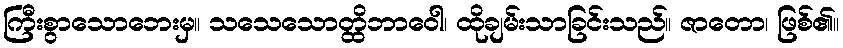
ကြီးစွာသောဘေးမှ။ သသေသောတ္ထိဘာဝေါ၊ ထိုချမ်းသာခြင်းသည်။ ဇာတော၊ ဖြစ်၏။